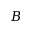
B